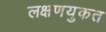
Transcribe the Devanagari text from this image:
लक्षणयुकत